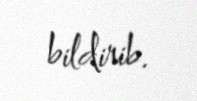
bildirib.